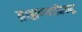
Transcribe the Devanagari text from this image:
ब्राह्मण्याविरुद्ध